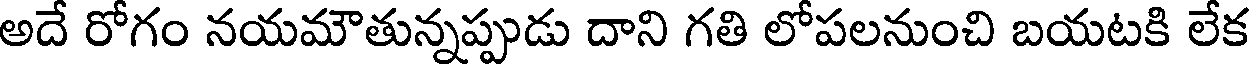
అదే రోగం నయమౌతున్నప్పుడు దాని గతి లోపలనుంచి బయటకి లేక